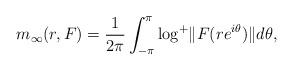
LaTeX: \begin{align*}m_\infty(r, F) = \frac{1}{2\pi} \int_{-\pi}^{\pi} {\rm log}^+\|F(re^{i\theta})\| d\theta,\end{align*}